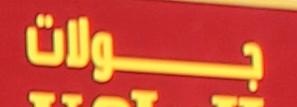
بولات